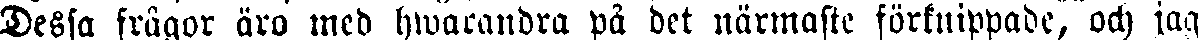
Dessa frågor äro med hwarandra på det närmaste förknippade, och jag